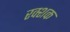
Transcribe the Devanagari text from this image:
रक्शक